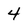
Character: 4